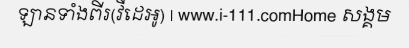
ឡានទាំងពីរ(វីដេអូ) | www.i-111.comHome សង្គម